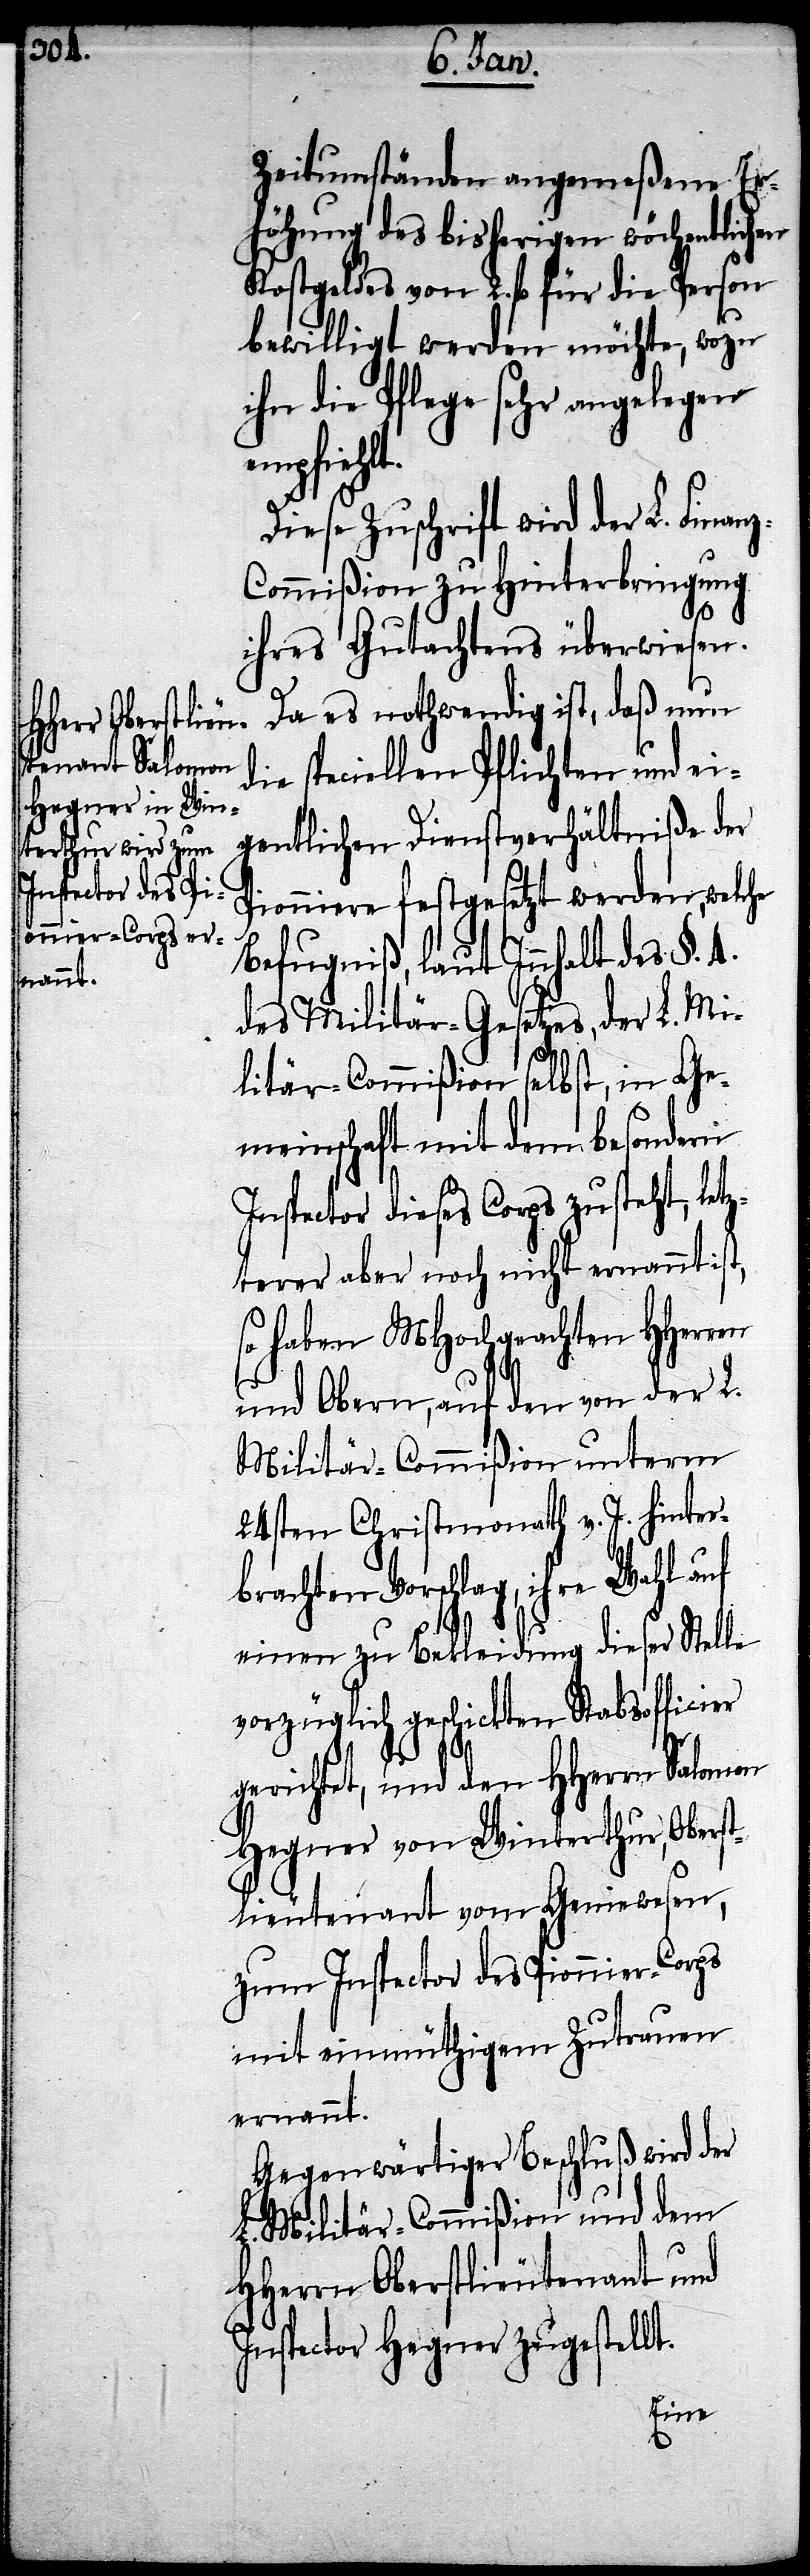
Zeitumständen angenmeßene Er¬
höhung des bisherigen wöchentlichen
Kostgeldes von 2. fl. für die Person
bewilligt werden möchte, wozu
ihn die Pflege sehr angelegen
empfiehlt.
Diese Zuschrift wird der L. Finan¬
z-Commißion zu Hinterbringung
ihres Gutachtens überwiesen.
Da es nothwendig ist, daß nun
die speciellen Pflichten und ei¬
gentlichen Dienstverhältniße der
Pionniere festgesetzt werden, welche
Befugniß, laut Innhalt des §. 4.
des Militär-Gesetzes, der L. Mi¬
litär-Commißion selbst, in Ge¬
meinschaft mit dem besondern
Inspector dieses Corps zusteht, let¬
zterer aber noch nicht ernannt ist,
so haben MHochgeachten HHerren
und Obern, auf den von der L.
Militär-Commißion unterm
24sten Christmonath v. J. hinter¬
brachten Vorschlag, ihre Wahl auf
einen zu Bekleidung dieser Stelle
vorzüglich geschickten Stabsofficier
gerichtet, und den HHerrn Salomon
Hegner von Winterthur, Oberst¬
lieutenant vom Geniewesen,
zum Inspector des Pionnier-Corps
mit einmüthigem Zutrauen
ernannt.
Gegenwärtiger Beschluß wird der
L. Militär-Commißion und dem
HHerrn Oberstlieutenant und
Inspector Hegner zugestellt.